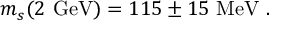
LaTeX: m _ { s } ( 2 \ \mathrm { G e V } ) = 1 1 5 \pm 1 5 \ \mathrm { M e V } \ .